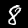
Digit: 8